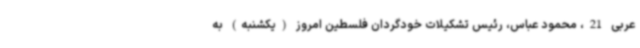
عربی 21، محمود عباس، رئیس تشکیلات خودگردان فلسطین امروز (یکشنبه) به